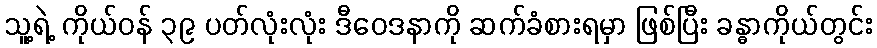
သူ့ရဲ့ ကိုယ်ဝန် ၃၉ ပတ်လုံးလုံး ဒီဝေဒနာကို ဆက်ခံစားရမှာ ဖြစ်ပြီး ခန္ဓာကိုယ်တွင်း